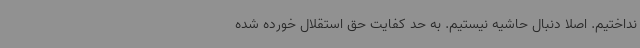
نداختیم. اصلا دنبال حاشیه نیستیم. به حد کفایت حق استقلال خورده شده